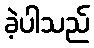
ခဲ့ပါသည်